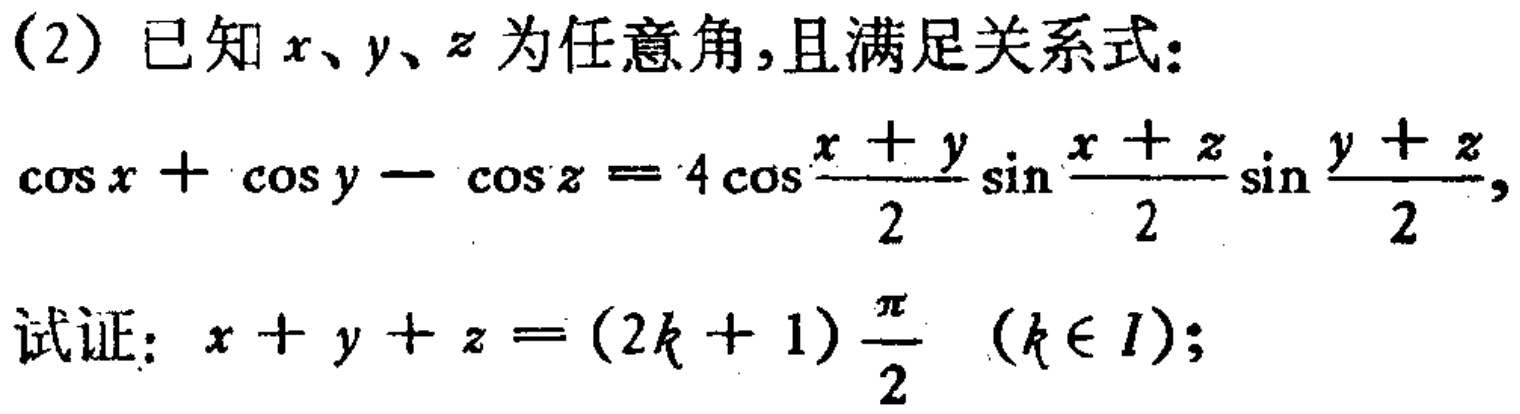
(2) 已知 \(x、y、z\) 为任意角，且满足关系式：

\(\cos x+\cos y - \cos z=4\cos\frac{x + y}{2}\sin\frac{x + z}{2}\sin\frac{y + z}{2}\)，

试证：\(x + y + z=(2k + 1)\frac{\pi}{2}\) \((k\in I)\)；